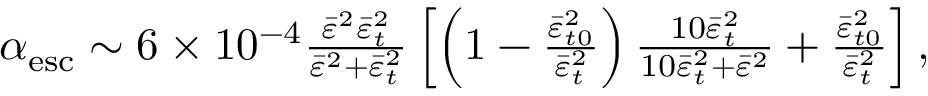
\begin{array} { r } { \alpha _ { \mathrm { e s c } } \sim 6 \times 1 0 ^ { - 4 } \frac { \bar { \varepsilon } ^ { 2 } \bar { \varepsilon } _ { t } ^ { 2 } } { \bar { \varepsilon } ^ { 2 } + \bar { \varepsilon } _ { t } ^ { 2 } } \left[ \left( 1 - \frac { \bar { \varepsilon } _ { t 0 } ^ { 2 } } { \bar { \varepsilon } _ { t } ^ { 2 } } \right) \frac { 1 0 \bar { \varepsilon } _ { t } ^ { 2 } } { 1 0 \bar { \varepsilon } _ { t } ^ { 2 } + \bar { \varepsilon } ^ { 2 } } + \frac { \bar { \varepsilon } _ { t 0 } ^ { 2 } } { \bar { \varepsilon } _ { t } ^ { 2 } } \right] , } \end{array}